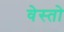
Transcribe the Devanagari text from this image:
वेस्तो